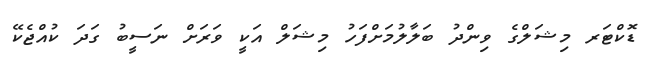
ޑޮކްޓަރ މިޝަލްގެ ވިންދު ބަލާލުމަށްފަހު މިޝަލް އަކީ ވަރަށް ނަސީބު ގަދަ ކުއްޖެކޭ